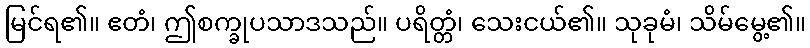
မြင်ရ၏။ ဧတံ၊ ဤစက္ခုပသာဒသည်။ ပရိတ္တံ၊ သေးငယ်၏။ သုခုမံ၊ သိမ်မွေ့၏။